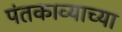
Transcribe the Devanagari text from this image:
पंतकाव्याच्या